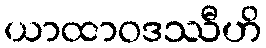
ယာထာဝဒဿီဟိ